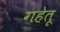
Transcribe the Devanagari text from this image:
गहेतू